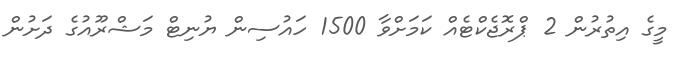
މީގެ އިތުރުން 2 ޕްރޮޖެކްޓެއް ކަމަށްވާ 1500 ހައުސިން ޔުނިޓް މަޝްރޫއުގެ ދަށުން